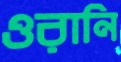
ওরানি